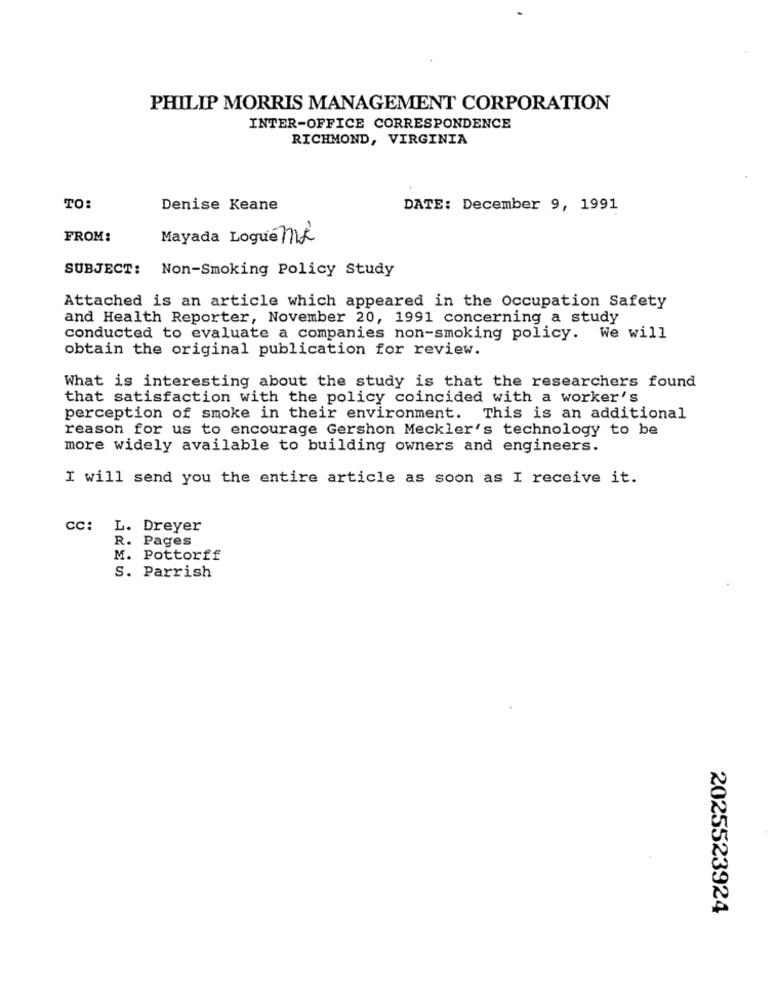
PHILIP MORRIS MANAGEMENT CORPORATION
INTER-OFFICE CORRESPONDENCE
RICHMOND, VIRGINIA
TO:
Denise Keane
DATE: December 9, 1991
FROM:
Mayada Logue Ik
SUBJECT: Non-Smoking Policy Study
Attached is an article which appeared in the Occupation Safety
and Health Reporter, November 20, 1991 concerning a study
conducted to evaluate a companies non-smoking policy. We will
obtain the original publication for review.
What is interesting about the study is that the researchers found
that satisfaction with the policy coincided with a worker's
perception of smoke in their environment. This is an additional
reason for us to encourage Gershon Meckler's technology to be
more widely available to building owners and engineers.
I will send you the entire article as soon as I receive it.
CC: L. Dreyer
R. Pages
M. Pottorff
S. Parrish
2025523924